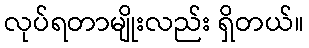
လုပ်ရတာမျိုးလည်း ရှိတယ်။